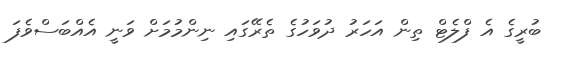
ބުރީގެ އެ ފްލެޓް ތިން އަހަރު ދުވަހުގެ ތެރޭގައި ނިންމުމަށް ވަނީ އެއްބަސްވެފަ